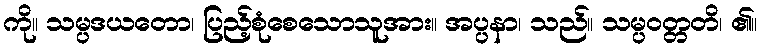
ကို။ သမ္ပဒယတော၊ ပြည့်စုံစေသောသူအား။ အပ္ပနာ၊ သည်။ သမ္ပဝတ္တတိ၊ ၏။